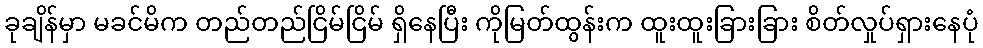
ခုချိန်မှာ မခင်မိက တည်တည်ငြိမ်ငြိမ် ရှိနေပြီး ကိုမြတ်ထွန်းက ထူးထူးခြားခြား စိတ်လှုပ်ရှားနေပုံ